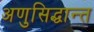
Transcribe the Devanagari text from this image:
अणुसिद्धान्त